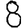
Digit: 8